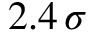
2 . 4 \, \sigma